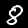
Label: 8